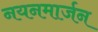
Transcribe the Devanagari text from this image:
नयनमार्जन